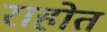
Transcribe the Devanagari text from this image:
राहोत